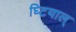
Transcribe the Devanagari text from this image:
घ्टियाल्